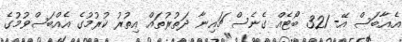
އެއާބަސް އޭ- 321 ބޯޓެއް ގެނެސް ޗައިނާ ދަތުރުތައް އިތުރު ކުރުމުގެ އެއްބަސްވުމުގެ